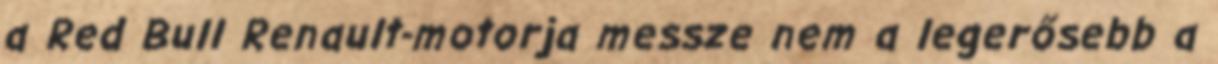
a Red Bull Renault-motorja messze nem a legerősebb a